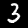
Label: 3